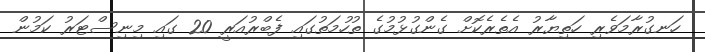
ހަނގުރާމަވެރި ހަތިޔާރު އެތެރެކޮށް ގެންގުޅުމުގެ ތުހުމަތުގައި ފެބްރުއަރީ 20 ގައި މިނިސްޓަރު ކަމުން